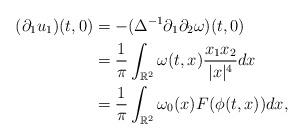
LaTeX: \begin{align*} (\partial_1 u_1)(t,0) & = -(\Delta^{-1}\partial_1 \partial_2 \omega)(t,0) \\ & = \frac 1 {\pi}\int_{\mathbb R^2} \omega(t,x) \frac{x_1 x_2} {|x|^4} dx \\ & = \frac 1 {\pi } \int_{\mathbb R^2} \omega_0(x) F(\phi(t,x)) dx,\end{align*}